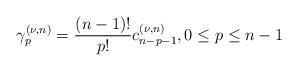
LaTeX: \begin{align*}\gamma _{p}^{(\nu ,n)}=\frac{(n-1)!}{p!}c_{n-p-1}^{\left( \nu ,n\right)}, 0\leq p \leq n-1 \end{align*}